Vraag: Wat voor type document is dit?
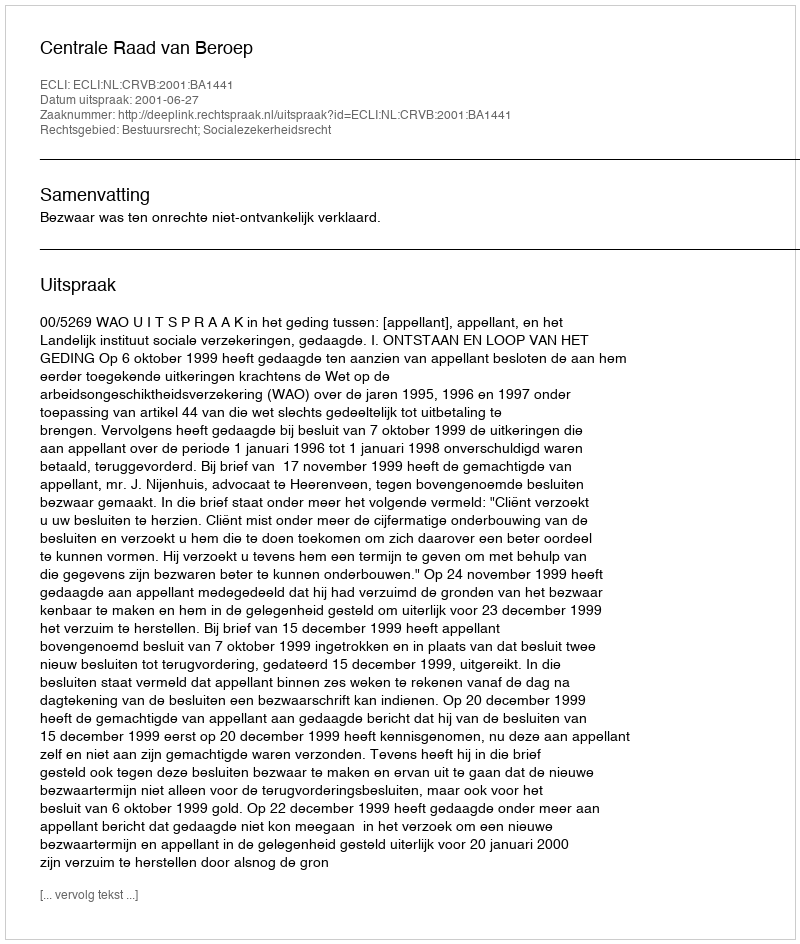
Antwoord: Uitspraak